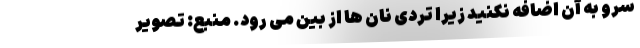
سرو به آن اضافه نکنید زیرا تردی نان ها از بین می رود. منبع: تصویر